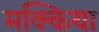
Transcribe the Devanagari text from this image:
मक्किया